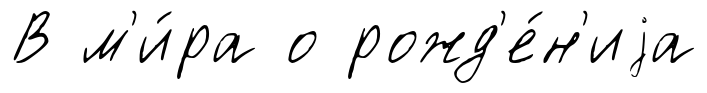
В м'и́ра о рожд'е́н'иjа